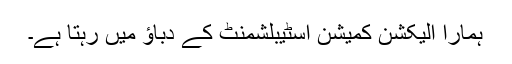
ہمارا الیکشن کمیشن اسٹیبلشمنٹ کے دباؤ میں رہتا ہے۔